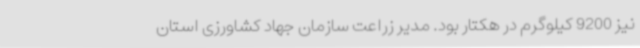
نیز 9200 کیلوگرم در هکتار بود. مدیر زراعت سازمان جهاد کشاورزی استان